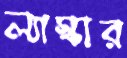
ল্যাস্কার